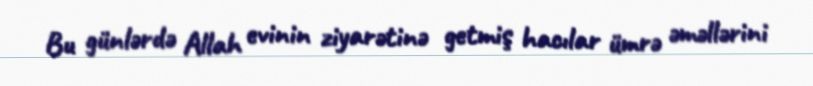
Bu günlərdə Allah evinin ziyarətinə getmiş hacılar ümrə əməllərini